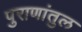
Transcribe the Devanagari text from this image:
पुराणांतुल